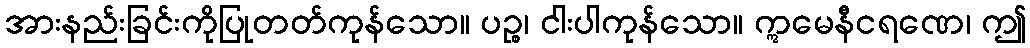
အားနည်းခြင်းကိုပြုတတ်ကုန်သော။ ပဉ္စ၊ ငါးပါကုန်သော။ ဣမေနီငရဏေ၊ ဤ